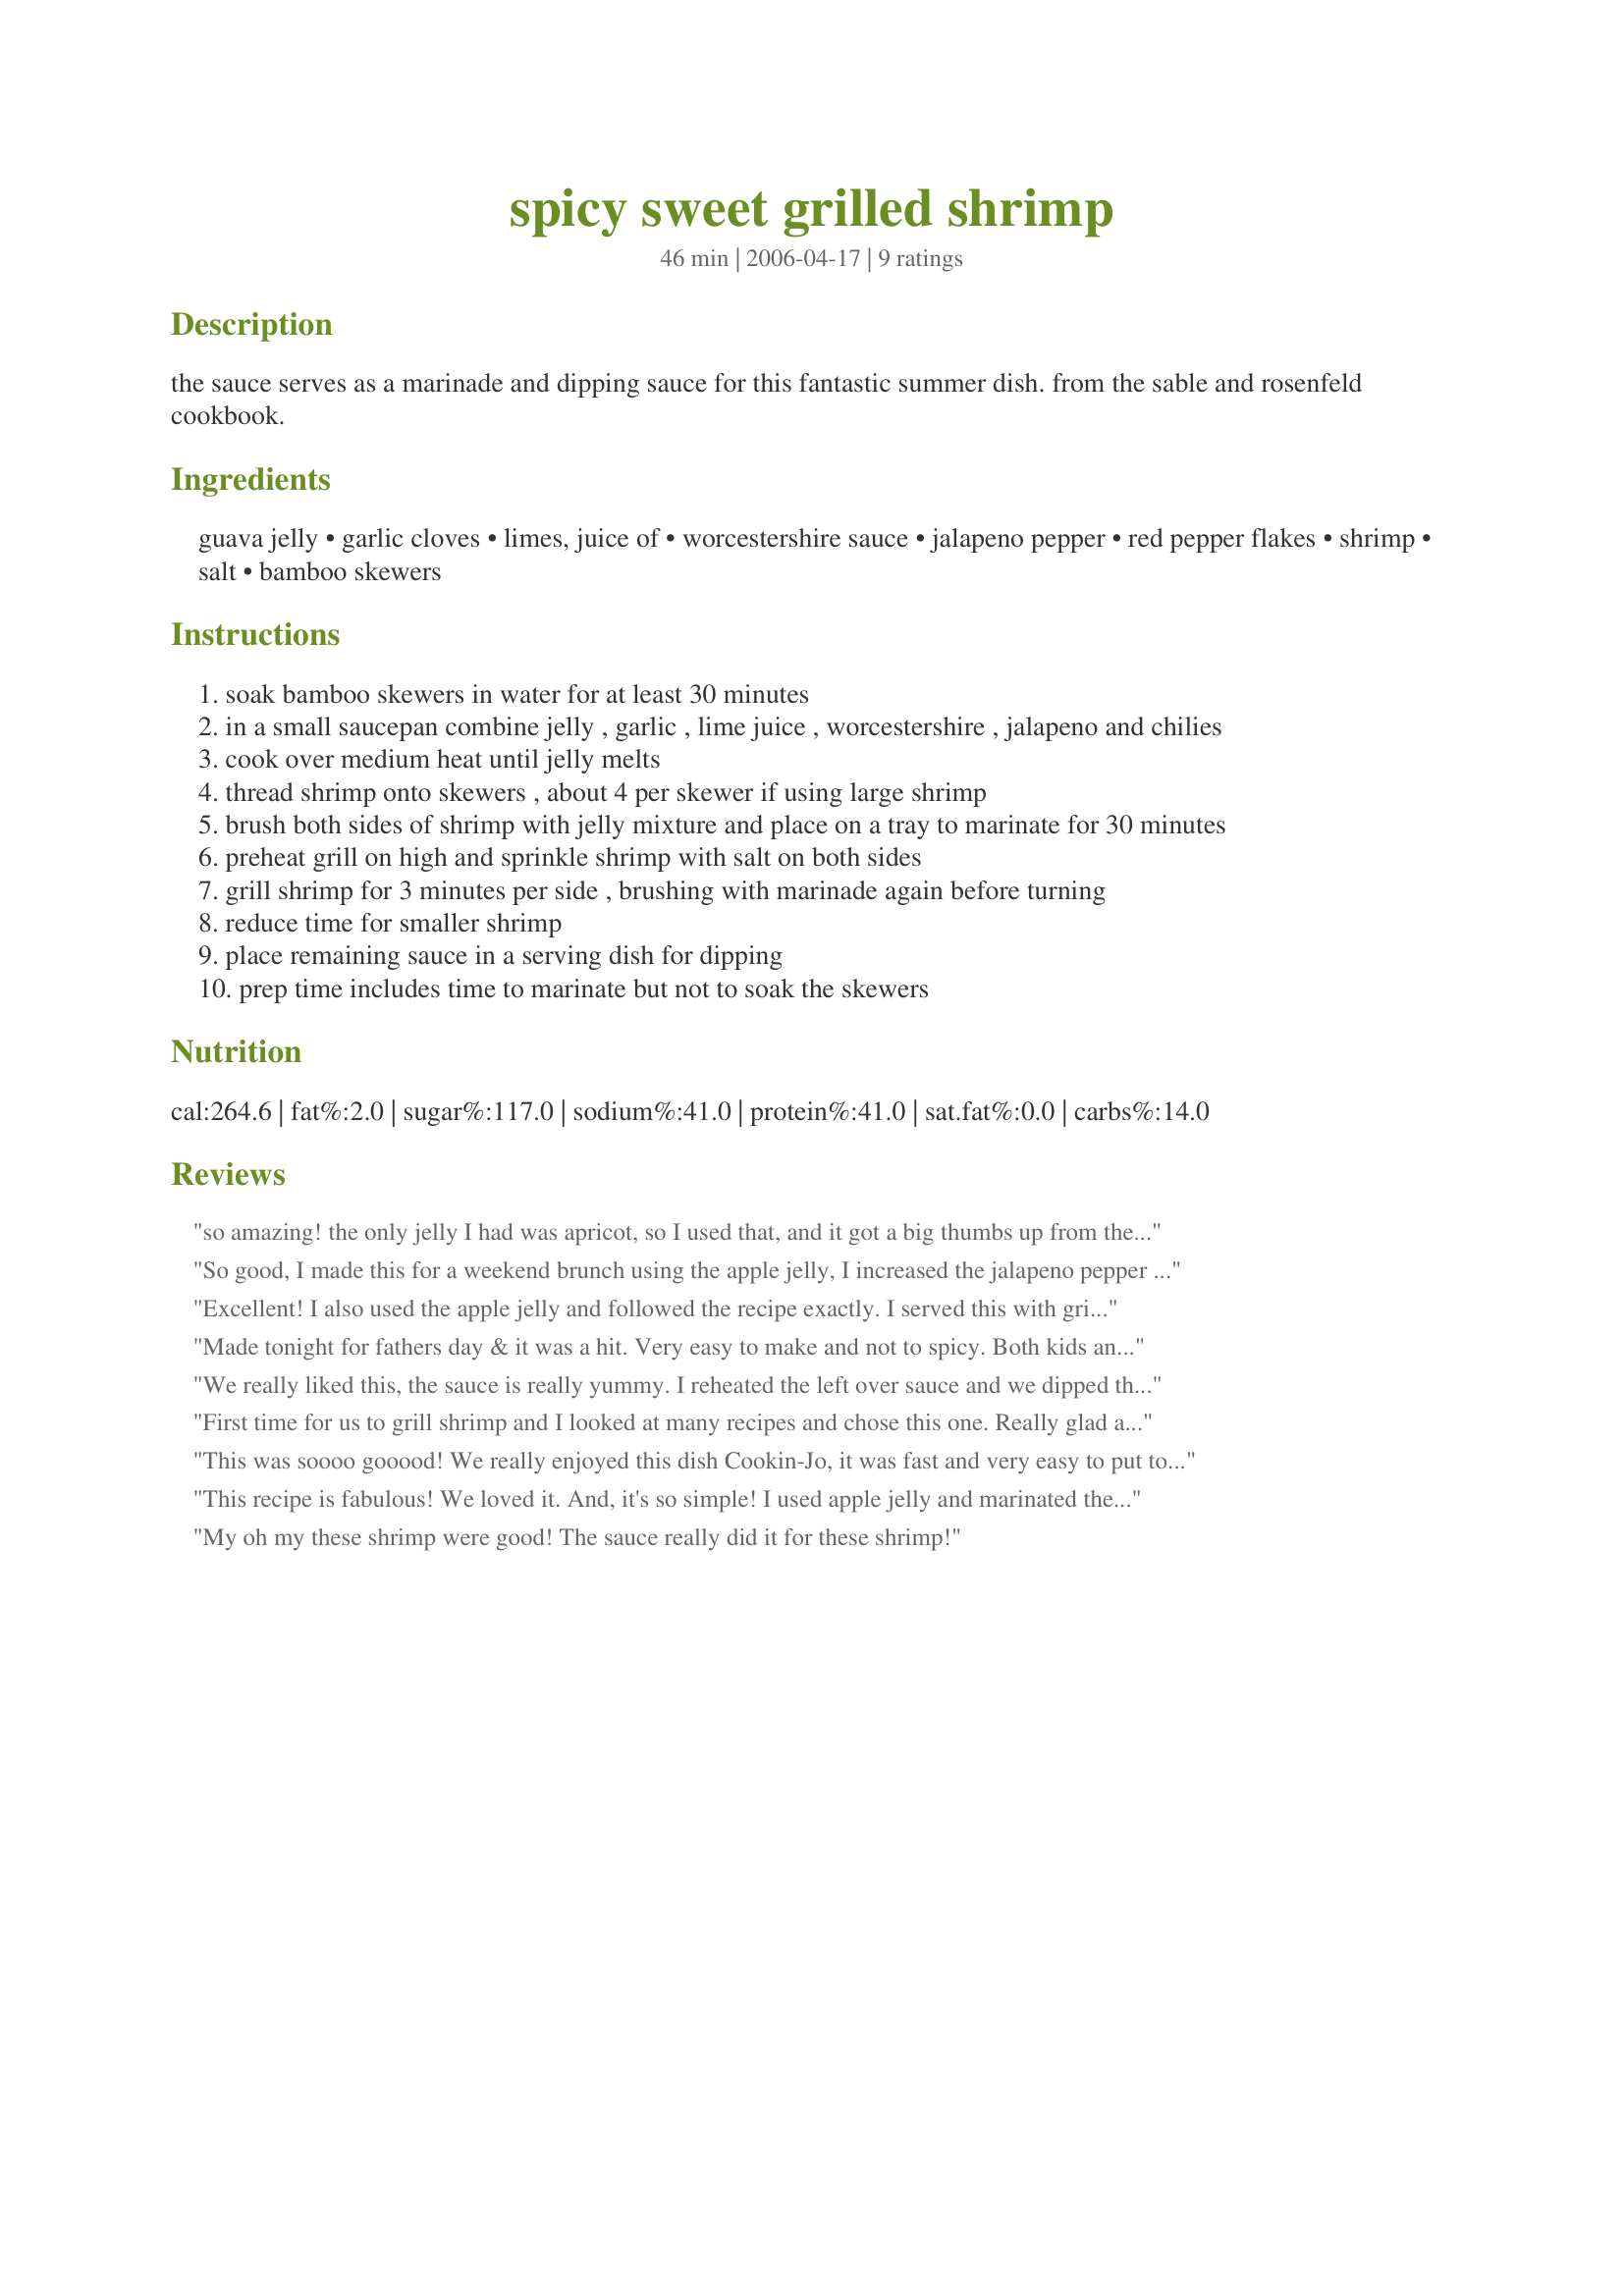
spicy sweet grilled shrimp
Preparation time: 46 minutes

the sauce serves as a marinade and dipping sauce for this fantastic summer dish. from the sable and rosenfeld cookbook.

Ingredients:
guava jelly, garlic cloves, limes, juice of, worcestershire sauce, jalapeno pepper, red pepper flakes, shrimp, salt, bamboo skewers

Steps:
soak bamboo skewers in water for at least 30 minutes
in a small saucepan combine jelly , garlic , lime juice , worcestershire , jalapeno and chilies
cook over medium heat until jelly melts
thread shrimp onto skewers , about 4 per skewer if using large shrimp
brush both sides of shrimp with jelly mixture and place on a tray to marinate for 30 minutes
preheat grill on high and sprinkle shrimp with salt on both sides
grill shrimp for 3 minutes per side , brushing with marinade again before turning
reduce time for smaller shrimp
place remaining sauce in a serving dish for dipping
prep time includes time to marinate but not to soak the skewers

Reviews:
so amazing! the only jelly I had was apricot, so I used that, and it got a big thumbs up from the bf and his buddies. thanks sooo much for this. Its for sure a keeper!!
So good, I made this for a weekend brunch using the apple jelly, I increased the jalapeno pepper to two, this recipe is a definate repeater! thanks for sharing Cooni-Jo!...Kitten:)
Excellent! I also used the apple jelly and followed the recipe exactly. I served this with grilled corn on the cob and teriyaki rice. I used what was labeled as large shrimp but would use jumbo next time (and there will be a next time).
Made tonight for fathers day & it was a hit. Very easy to make and not to spicy. Both kids and adults loved it. I doubled the recipe & barely had enough glaze for 2 lbs of shrimp.
We really liked this, the sauce is really yummy. I reheated the left over sauce and we dipped the shrimp. Thanks!!
First time for us to grill shrimp and I looked at many recipes and chose this one. Really glad as I liked the sweet and spicy. I used apple jelly as I could not find the other one. Only thing next time I will increase the amount of sauce as we ended up not having enough for dipping but it was perfect. Thank you
This was soooo gooood!
We really enjoyed this dish Cookin-Jo, it was fast and very easy to put together. The sauce was sweet & semi tart, hot & spicy. The shrimp was succulent & juicy.
I used apple jelly and collassal shrimp (with easy pull away shells). I marinaded the shrimp for 2 1/2 hours & then grilled them for 5 minutes per side. I will be making this often over the summer. Thank you so much for sharing.
This recipe is fabulous! We loved it. And, it's so simple! I used apple jelly and marinated the shrimp for 1/2 hour. I will try marinating it longer next time, but it had plenty of flavor at 30 min. Thanks for the recipe!
My oh my these shrimp were good! The sauce really did it for these shrimp!
